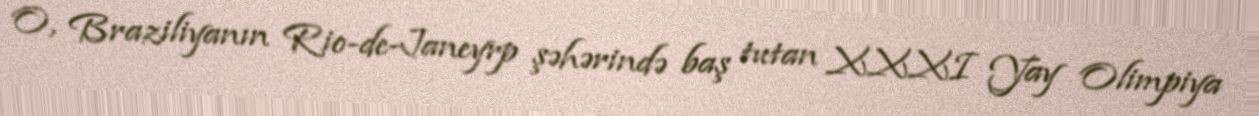
O, Braziliyanın Rio-de-Janeyrp şəhərində baş tutan XXXI Yay Olimpiya